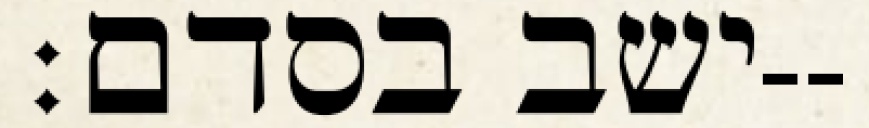
ישב בסדם׃--